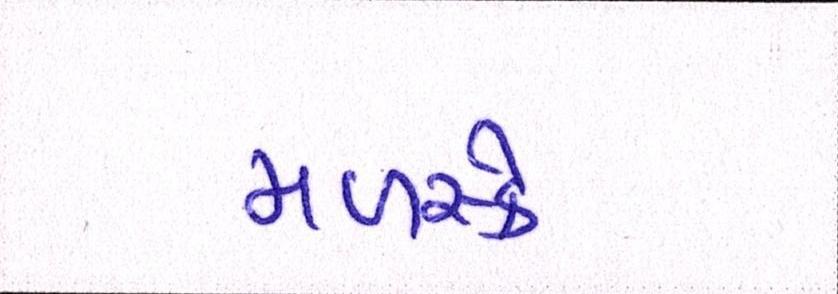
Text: મળસ્કે